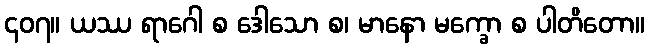
၄၀၇။ ယဿ ရာဂေါ စ ဒေါသော စ၊ မာနော မက္ခော စ ပါတိတော။